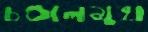
চণ্ডালমুখ